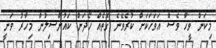
މިކަން ވީހާ ވެސް އަވަހަކަށް ކުރެވޭނެ ގޮތެއް ހޯދަން ކައުންސިލުން މިހާރު ވަނީ